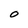
Character: 0